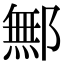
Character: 鄦